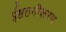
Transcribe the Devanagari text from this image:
ईष्टतमीकरण